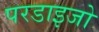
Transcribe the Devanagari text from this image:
परडाइजो